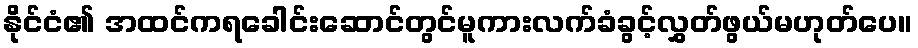
နိုင်ငံ၏ အထင်ကရခေါင်းဆောင်တွင်မူကားလက်ခံခွင့်လွှတ်ဖွယ်မဟုတ်ပေ။